Leningradi_Edasi_toimetus, lk 114
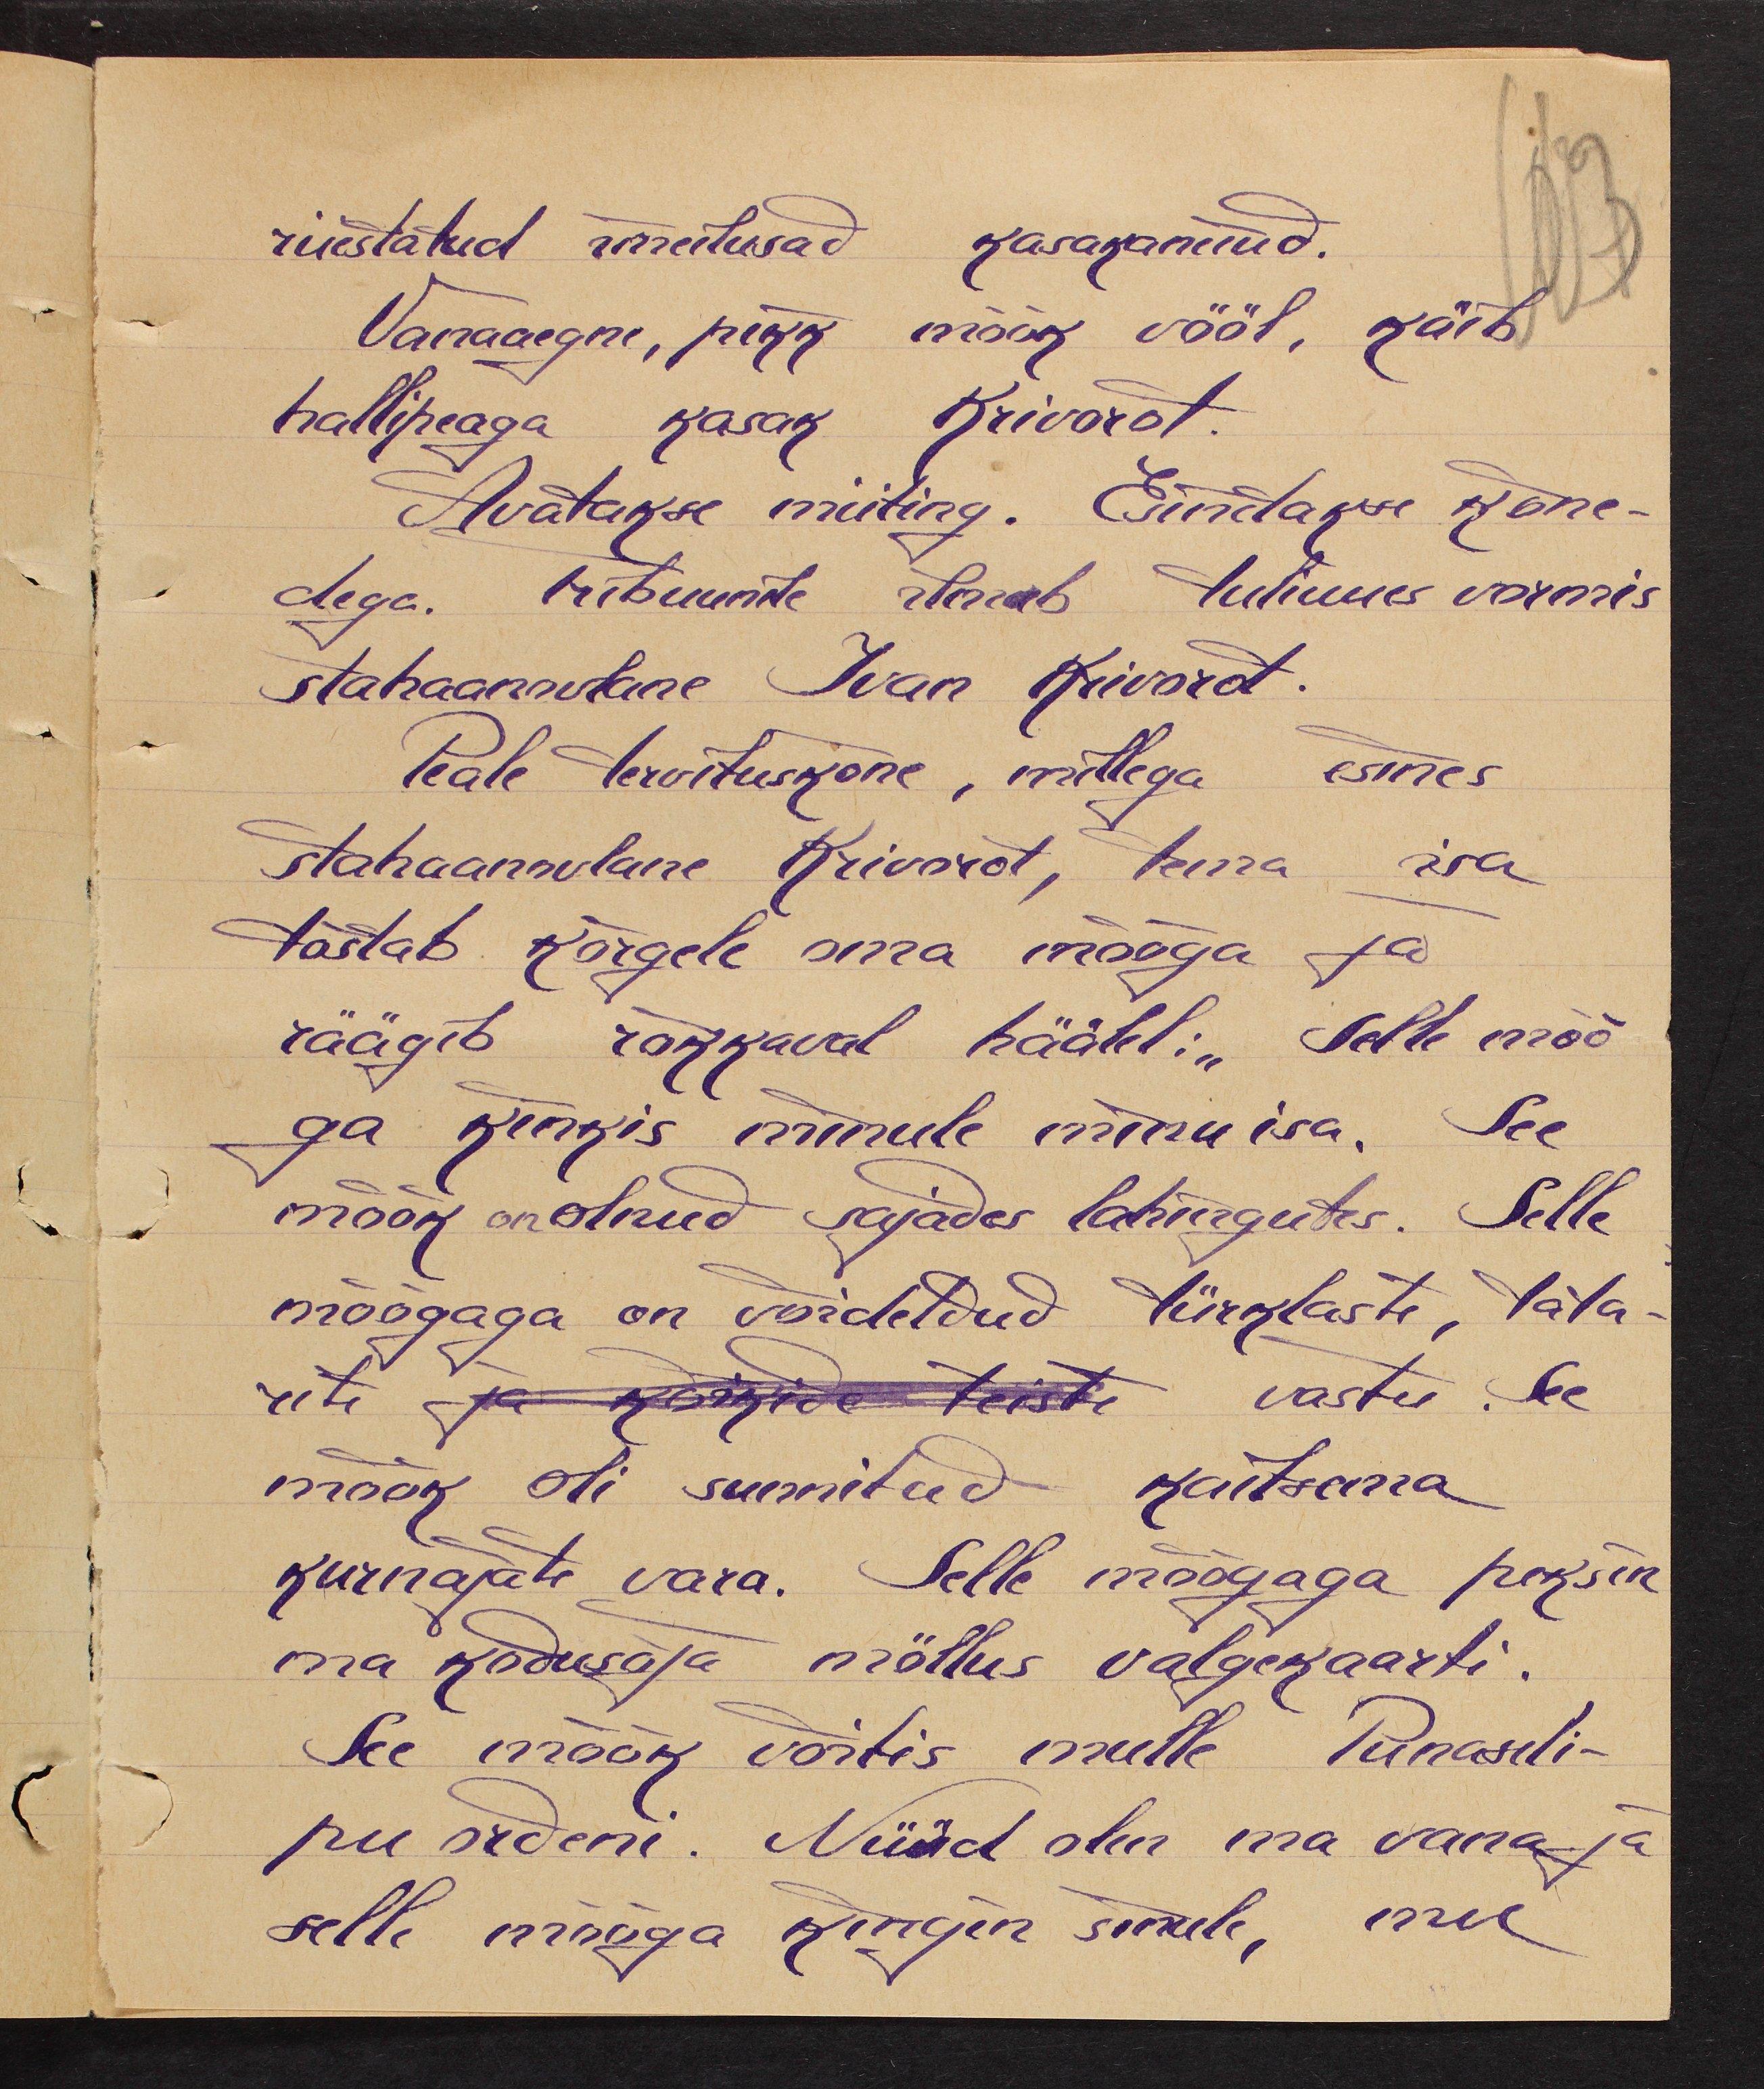
riiestatud imeitusad kasakaneiud.
Vanaaegne, pikk mõõk vööl, käib
hallipeaga kasak Krivorot.
Avatakse miiting. Einetakse kõne-
dega. Tribuunile ilmub tuliuues vormis
stahaannovlane Ivan Krivorot.
Peale tervituskõne, millega esines
stahaannovlane Krivorot, tema isa
tõstab kõrgele oma mõõga ja
räägib rõkkaval häälel: "Selle mõõ-
ga kinkis minule minu isa. See
mõõk on olnud sajades lahingutes. Selle
mõõgaga on võidetud türklaste, tata-
rite ja kõikide teiste vastu. See
mõõk oli sunnitud kaitsema
kurnajate vara. Selle mõõgaga peksin
ma kodusõja möllus valgekaarti.
See mõõk võitis mulle Punaseli-
pu ordeni. Nüüd olen ma vana ja
selle mõõga kingin sinule, mu